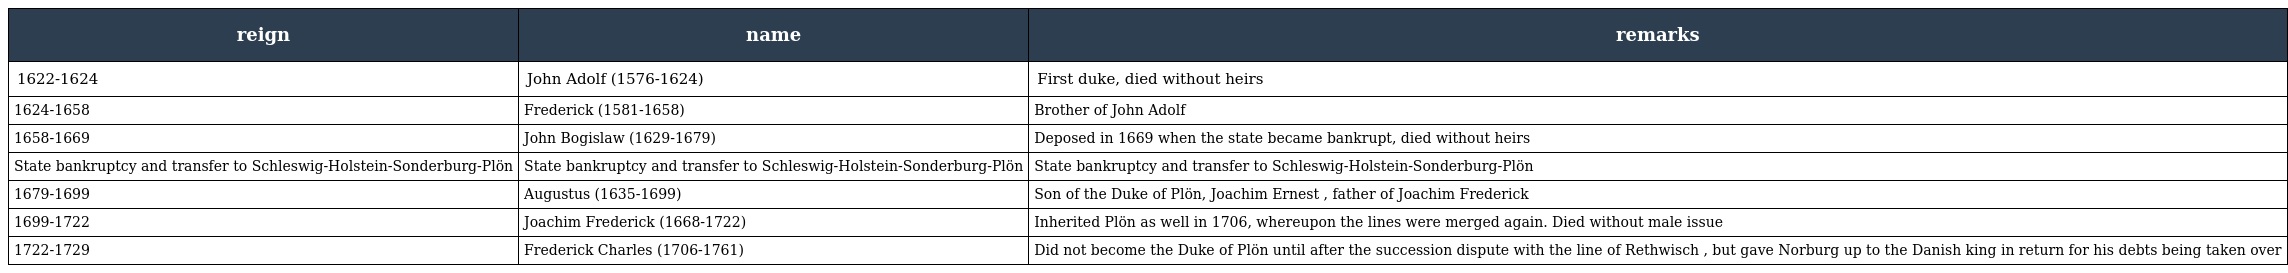
| reign | name | remarks |
 | --- | --- | --- |
 | 1622-1624 | John Adolf (1576-1624) | First duke, died without heirs |
 | 1624-1658 | Frederick (1581-1658) | Brother of John Adolf |
 | 1658-1669 | John Bogislaw (1629-1679) | Deposed in 1669 when the state became bankrupt, died without heirs |
 | State bankruptcy and transfer to Schleswig-Holstein-Sonderburg-Plön | State bankruptcy and transfer to Schleswig-Holstein-Sonderburg-Plön | State bankruptcy and transfer to Schleswig-Holstein-Sonderburg-Plön |
 | 1679-1699 | Augustus (1635-1699) | Son of the Duke of Plön, Joachim Ernest , father of Joachim Frederick |
 | 1699-1722 | Joachim Frederick (1668-1722) | Inherited Plön as well in 1706, whereupon the lines were merged again. Died without male issue |
 | 1722-1729 | Frederick Charles (1706-1761) | Did not become the Duke of Plön until after the succession dispute with the line of Rethwisch , but gave Norburg up to the Danish king in return for his debts being taken over |